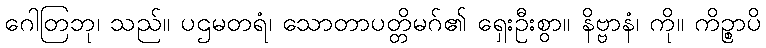
ဂေါတြဘု၊ သည်။ ပဌမတရံ၊ သောတာပတ္တိမဂ်၏ ရှေးဦးစွာ။ နိဗ္ဗာနံ၊ ကို။ ကိဉ္စာပိ